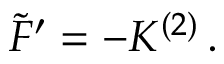
{ \tilde { \cal F } } ^ { \prime } = - { \cal K } ^ { ( 2 ) } \, .